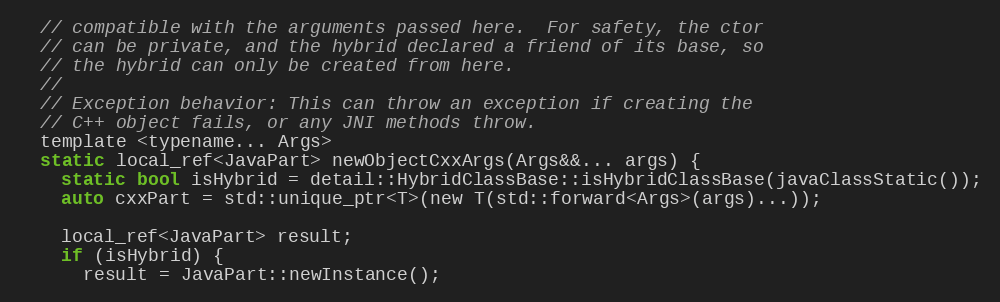
Language: C
  // compatible with the arguments passed here.  For safety, the ctor
  // can be private, and the hybrid declared a friend of its base, so
  // the hybrid can only be created from here.
  //
  // Exception behavior: This can throw an exception if creating the
  // C++ object fails, or any JNI methods throw.
  template <typename... Args>
  static local_ref<JavaPart> newObjectCxxArgs(Args&&... args) {
    static bool isHybrid = detail::HybridClassBase::isHybridClassBase(javaClassStatic());
    auto cxxPart = std::unique_ptr<T>(new T(std::forward<Args>(args)...));

    local_ref<JavaPart> result;
    if (isHybrid) {
      result = JavaPart::newInstance();